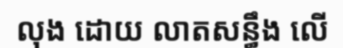
លុង ដោយ លាតសន្ធឹង លើ